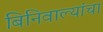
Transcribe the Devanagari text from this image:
बिनिवाल्यांचा